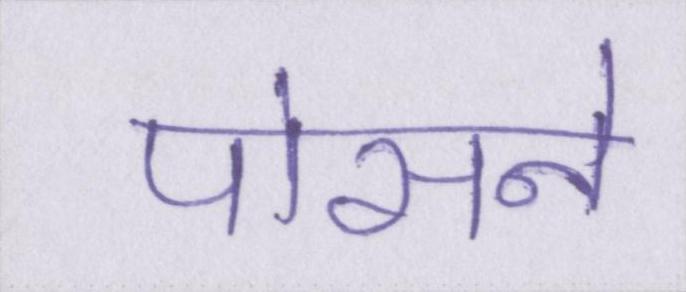
पोसने